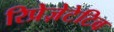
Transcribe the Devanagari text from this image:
रिप्रेज़ेटेटिव